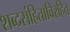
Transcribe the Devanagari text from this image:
शब्दसंहिताविरहित